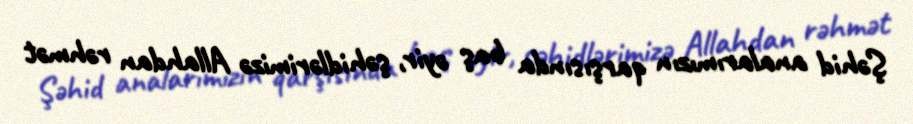
Şəhid analarımızın qarşısında baş əyir, şəhidlərimizə Allahdan rəhmət